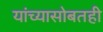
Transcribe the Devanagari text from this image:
यांच्यासोबतही